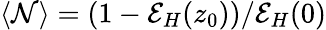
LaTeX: \langle\mathcal{N}\rangle=\left(1-\mathcal{E}_{H}(z_{0})\right)/\mathcal{E}_{H}(0)